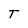
Character: T